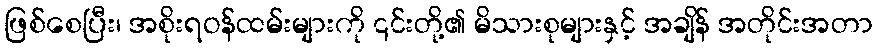
ဖြစ်စေပြီး၊ အစိုးရဝန်ထမ်းများကို ၎င်းတို့၏ မိသားစုများနှင့် အချိန် အတိုင်းအတာ